Medical and sanitary report of the native army of Madras for the year
Year: 1875
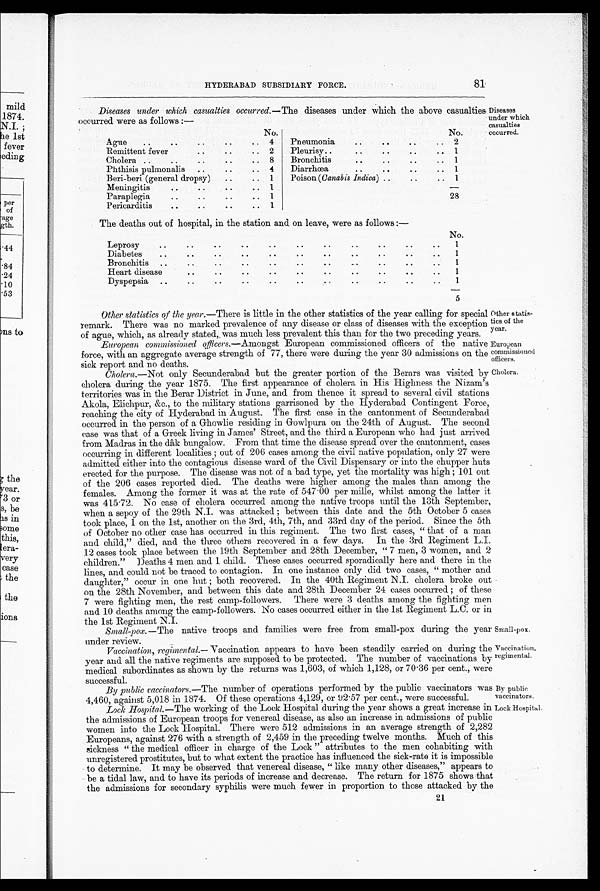
European
commissioned
officers.
Cholera.
By public
vaccinators.
Lock Hospital
HYDERABAD SUBSIDIARY FORCE.
81
Diseases under which casualties occurred.—The diseases under which the above casualties
occurred were as follows :—
Diseases
under which
casualties
occurred.
No.
Ague
.. .. .. .. ..
4
Remittent feve
r
.. ..
..
..
.. 2
Cholera
.. ..
..
..
.. 8
Phthisis pulmonalis
..
.
.. .. .. ..
4
Beri-beri (general dropsy)
.. .. ..
..
.. 1
Meningitis
..
..
..
..
.. 1
Paraplegi
.. .. .. .. ..
1
Pericarditis
.. .. .. .. ..
1
No.
Pneumonia
.. .. .. ..
2
Pleurisy.
.. .. .. ..
1
Bronchitis
...
..
..
.. 1
Diarrhoea
..
..
..
.. 1
Poison (Canabis Indica)
..
..
. . .. 1
28
The deaths out of hospital, in the station and on leave, were as follows :—
No.
Leprosy.. ..
. .
. .
. .
. .
. .
. .
. .
. .
. .
. .
1
Diabetes.. ..
..
..
..
..
..
. .
. .
. .
..
. . 1
Bronchitis.. ..
. .
. .
. .
. .
. .
. .
. .
. .
. .
. .
1
Heartdisease ..
..
. .
. .
. .
..
..
..
. .
..
..
1
Dyspepsia..
. .
. .
. .
. .
. . . .
. .
. .
. .
. .
1
5
Other statistics of the year.—There is little in the other statistics of the year calling for special
remark. There was no marked prevalence of any disease or class of diseases with the exception
of argu, which as already stated, was much less prevalent this than for the two preceding years.
Other stati
stics of the
year.
European commissioned officers.—Amongst European commissioned officers of the native
force, with an aggregate average strength of 77, there were during the year 30 admissions on the
sick report and no death
Cholera.— Not only Secunderabad but the greater portion of the Berars was visited by
cholera during the year 1875. The first appearance of cholera in His Highness the Nizam's
territories was in the Berar District in June, and from thence it spread to several civil stations
Akola, Elichpur, &c., to the military stations garrisoned by the Hyderabad Contingent Force,
reaching the city of Hyderabad in August. The first case in the cantonment of Secunderabad
occurred in the person of a Ghowlie residing in Gowlpura on the 24th of August. The second
case was that of a Greek living in James' Street, and the third a European who had just arrived
from Madras in the dâk bungalow. From that time the disease spread over the cantonment, cases
occurring in different localities ; out of 206 cases among the civil native population, only 27 were
admitted either into the contagious disease ward of the Civil Dispensary or into the chupper huts
erected for the purpose. The disease was not of a bad type, yet the mortality was high ; 101 out
of the 206 cases reported died. The deaths were higher among the males than among the
females. Among the former it was at the rate of 547.00 per mille, whilst among the latter it
was 415.72. No case of cholera occurred. among the native troops until the 13th September,
when a sepoy of the 29th N.I. was attacked ; between this date and the 5th October 5 cases
took place, 1 on the 1st, another on the 3rd, 4th, 7th, and 33rd day of the period. Since the 5th
of October no other case has occurred in this regiment. The two first cases, " that of a man
and child," died, and the three others recovered in a few days. In the 3rd Regiment L.I.
12 cases took place between the 19th September and 28th December, " 7 men, 3 women, and 2
children." Deaths 4 men and 1 child. These cases occurred sporadically here and there in the
lines, and. could not be traced to contagion. In one instance only did two cases, " mother and
daughter," occur in one hut ; both recovered. In the 40th Regiment N.I. cholera broke out
on the 28th November, and between this date and 28th December 24 cases occurred ; of these
7 were fighting men, the rest camp-followers. There were 3 deaths among the fighting men
and 10 deaths among the camp-followers. No cases occurred either in the 1st Regiment L.C. or in the 1st Regiment N.I
Small-pox.—Then a t i v e t r o o p s a n d f a m i l i e s w e r e f r e e f r o m s m a l l - p o x d u r i n g t h ey
e a r u n d e r r e v i e w
Vaccination, regimental.— Vaccination appears to have been steadily carried on during the
year and all the native regiments are supposed to be protected. The number of vaccinations by
medical subordinates as shown by the returns was 1,603, of which 1,128, or 70.36 per cent., were successful.
By public vaccinators.—The number of operations performed by the public vaccinators was
4.,460 against 5,018 in 1874_ Of these operations 4,129. or 92.57 per cent.,. were successful.
Lock Hospital.—The working of the Lock Hospital during the year shows a great increase in
the admissions of European troops for venereal disease, as also an increase in admissions of public
women into the Lock Hospital. There were 512 admissions in an average strength of 2,282
Europeans, against 276 with a strength of 2,459 in the preceding twelve months. Much of this
sickness " the medical officer in charge of the Lock " attributes to the men cohabiting with
unregistered prostitutes, but to what extent the practice has influenced the sick-rate it is impossible
to determine. It may be observed that venereal disease, " like many other diseases," appears to
be a tidal law, and to have its periods of increase and decrease. The return for 1875 shows that
the admissions for secondary syphilis were much fewer in proportion to those attacked by the
Small-pox.
Vaccination,
regimental.
21